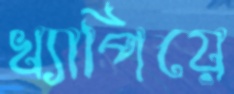
খ্যাপিয়ে